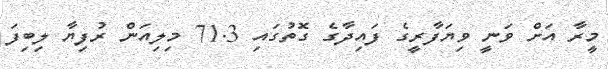
މީރާ އަށް ވަނީ ވިޔަފާރީގެ ފައިދާގެ ގޮތުގައި 71.3 މިލިއަން ރުފިޔާ ލިބިފަ